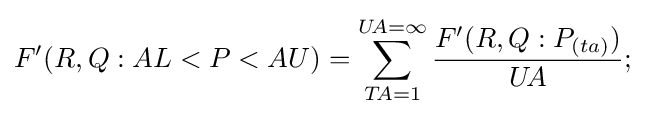
F'(R,Q:AL<P<AU)=\sum _{T\!A=1}^{U\!A=\infty }{\frac {F'(R,Q:P_{(ta)})}{U\!A}};\,\!